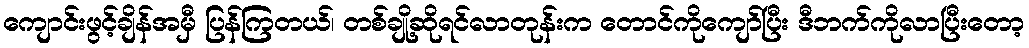
ကျောင်းဖွင့်ချိန်အမှီ ပြန်ကြတယ်၊ တစ်ချို့ဆိုရင်လာတုန်းက တောင်ကိုကျော်ပြီး ဒီဘက်ကိုလာပြီးတော့